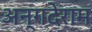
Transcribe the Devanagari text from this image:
अन्गदेराम